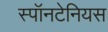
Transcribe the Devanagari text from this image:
स्पॉनटेनियस